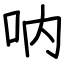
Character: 呐